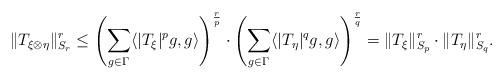
LaTeX: \begin{align*}\|T_{\xi\otimes \eta}\|_{S_{r}}^{r} \leq \left(\sum_{g\in \Gamma} \langle |T_{\xi}|^p g, g\rangle\right)^{\frac{r}{p}} \cdot \left(\sum_{g\in \Gamma} \langle |T_{\eta}|^q g, g\rangle\right)^{\frac{r}{q}} = \|T_{\xi}\|_{S_{p}}^{r} \cdot \|T_{\eta}\|_{S_q}^{r}.\end{align*}